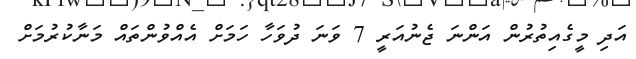
އަދި މީގެއިތުރުން އަންނަ ޖެނުއަރީ 7 ވަނަ ދުވަހާ ހަމަށް އެއްވުންތައް މަނާކުރުމަށް